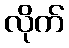
လိုက်